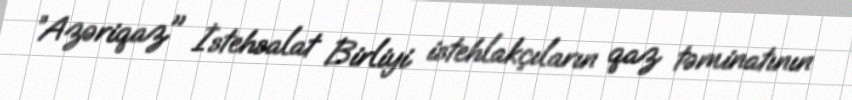
”Azəriqaz" İstehsalat Birliyi istehlakçıların qaz təminatının